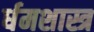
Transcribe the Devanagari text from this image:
र्धमशास्त्र